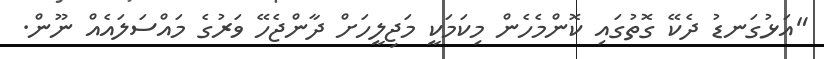
"އަޅުގަނޑު ދެކޭ ގޮތުގައި ކޮންމެހެން މިކަމަކީ މަޖިލީހަށް ދާންޖެހޭ ވަރުގެ މައްސަލައެއް ނޫން.